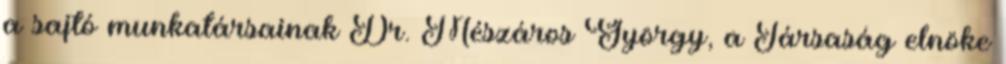
a sajtó munkatársainak Dr. Mészáros György, a Társaság elnöke